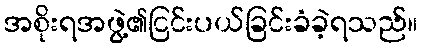
အစိုးရအဖွဲ့၏ငြင်းပယ်ခြင်းခံခဲ့ရသည်။